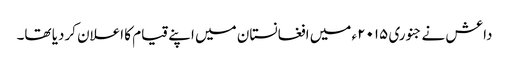
داعش نے جنوری ۲۰۱۵ء میں افغانستان میں اپنے قیام کا اعلان کردیا تھا۔